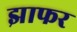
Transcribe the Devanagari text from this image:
झाफर